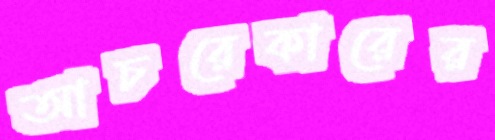
আচরেকারের